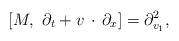
LaTeX: \begin{align*} [M, \,\, \partial_t+v\,\cdot\,\partial_x ]=\partial_{v_1}^2, \end{align*}